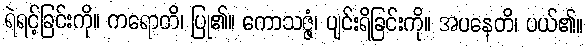
ရဲရင့်ခြင်းကို။ ကရောတိ၊ ပြု၏။ ကောသဇ္ဇံ၊ ပျင်းရိခြင်းကို။ အပနေတိ၊ ပယ်၏။